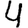
Digit: 4